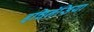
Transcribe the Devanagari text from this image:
इचिनॅसिया